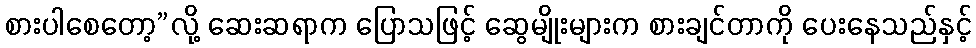
စားပါစေတော့”လို့ ဆေးဆရာက ပြောသဖြင့် ဆွေမျိုးများက စားချင်တာကို ပေးနေသည်နှင့်